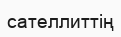
сателлиттің